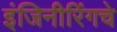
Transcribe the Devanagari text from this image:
इंजिनीरिंगचे